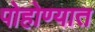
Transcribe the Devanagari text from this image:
पोहोण्यात